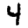
Digit: 4